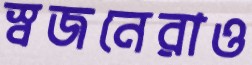
স্বজনেরাও